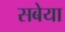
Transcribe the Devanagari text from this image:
सबेया